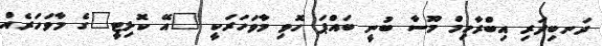
ދަނބިދަރި އިބްރާހިމް މޫސާ ބުނީ ބައްޕަ ހޮވި މާވަހަރަކީ "އޭ ކޮލިޓީ"ގެ މާވަހަރެއް